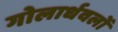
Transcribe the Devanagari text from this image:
गोलार्धवलों